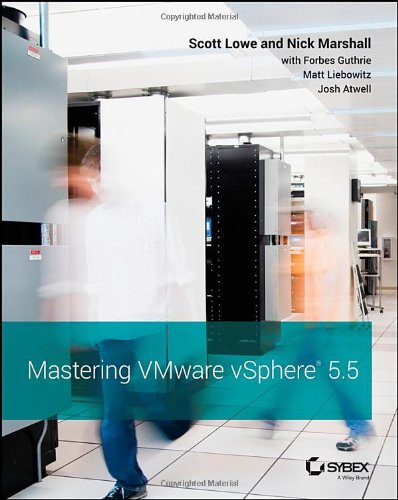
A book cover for Mastering VMware vSphere 5.5; Scott Lowe; Computers & Technology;